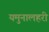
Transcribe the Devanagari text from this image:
यमुनालहरी